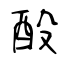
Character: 酘